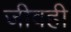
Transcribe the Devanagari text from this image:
जीवही